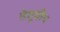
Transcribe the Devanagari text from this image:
तेमूचीन